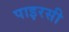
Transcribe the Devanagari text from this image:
पाइरसी